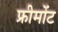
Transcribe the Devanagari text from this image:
फ्रीमोंट